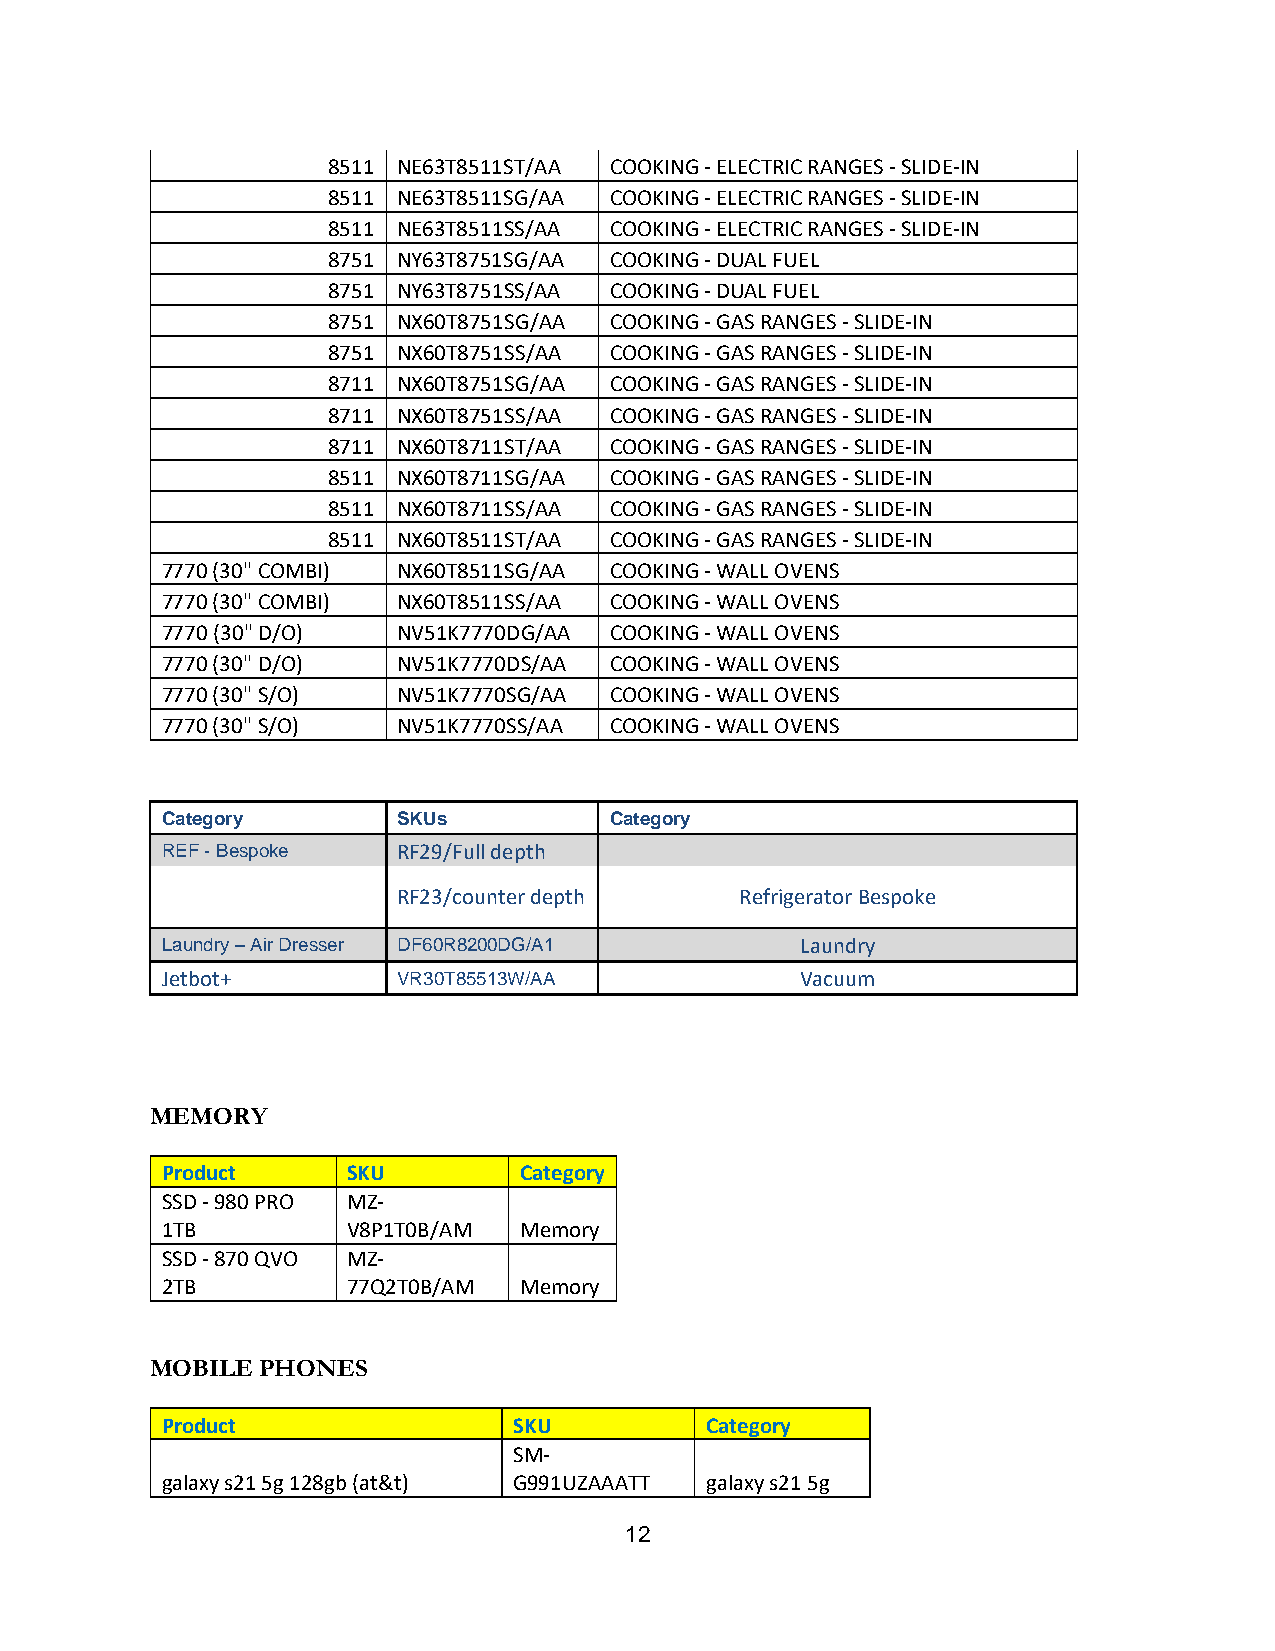
8511 NE63T8511ST/AA COOKING - ELECTRIC RANGES - SLIDE-IN
 8511 NE63T8511SG/AA COOKING - ELECTRIC RANGES - SLIDE-IN
 8511 NE63T8511SS/AA COOKING - ELECTRIC RANGES - SLIDE-IN
 8751 NY63T8751SG/AA COOKING - DUAL FUEL
 8751 NY63T8751SS/AA COOKING - DUAL FUEL
 8751 NX60T8751SG/AA COOKING - GAS RANGES - SLIDE-IN
 8751 NX60T8751SS/AA COOKING - GAS RANGES - SLIDE-IN
 8711 NX60T8751SG/AA COOKING - GAS RANGES - SLIDE-IN
 8711 NX60T8751SS/AA COOKING - GAS RANGES - SLIDE-IN
 8711 NX60T8711ST/AA COOKING - GAS RANGES - SLIDE-IN
 8511 NX60T8711SG/AA COOKING - GAS RANGES - SLIDE-IN
 8511 NX60T8711SS/AA COOKING - GAS RANGES - SLIDE-IN
 8511 NX60T8511ST/AA COOKING - GAS RANGES - SLIDE-IN
 7770 (30" COMBI) NX60T8511SG/AA COOKING - WALL OVENS
 7770 (30" COMBI) NX60T8511SS/AA COOKING - WALL OVENS
 7770 (30" D/O) NV51K7770DG/AA COOKING - WALL OVENS
 7770 (30" D/O) NV51K7770DS/AA COOKING - WALL OVENS
 7770 (30" S/O) NV51K7770SG/AA COOKING - WALL OVENS
 7770 (30" S/O) NV51K7770SS/AA COOKING - WALL OVENS
 Category       SKUs          Category
 REF - Bespoke  RF29/Full depth
 RF23/counter depth     Refrigerator Bespoke
 Laundry – Air Dresser DF60R8200DG/A1      Laundry
 Jetbot+        VR30T85513W/AA             Vacuum
 MEMORY
 Product     SKU        Category
 SSD - 980 PRO MZ-
 1TB         V8P1T0B/AM Memory
 SSD - 870 QVO MZ-
 2TB         77Q2T0B/AM Memory
 MOBILE PHONES
 Product                SKU          Category
 SM-
 galaxy s21 5g 128gb (at&t) G991UZAAATT galaxy s21 5g
 12